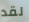
لقد